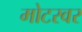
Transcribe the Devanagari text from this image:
मोटरवर